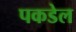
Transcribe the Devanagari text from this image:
पकडेल